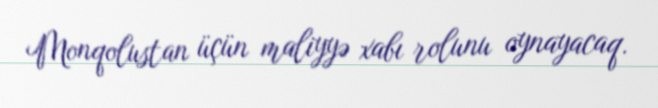
Monqolustan üçün maliyyə xabı rolunu oynayacaq.